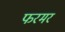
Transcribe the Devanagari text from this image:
फरमर